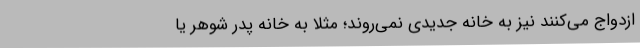
ازدواج می‌کنند نیز به خانه جدیدی نمی‌روند؛ مثلا به خانه پدر شوهر یا